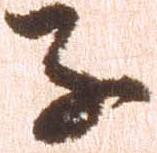
子